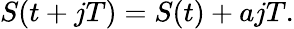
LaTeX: S(t+jT)=S(t)+ajT.